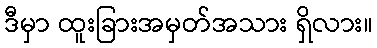
ဒီမှာ ထူးခြားအမှတ်အသား ရှိလား။